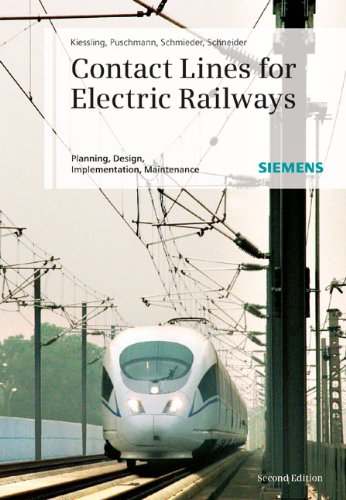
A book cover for Contact Lines for Electric Railways: Planning, Design, Implementation, Maintenance; Friedrich Kiessling; Engineering & Transportation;